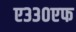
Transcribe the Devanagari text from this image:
ए३३०एफ